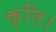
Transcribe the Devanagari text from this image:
कृति।